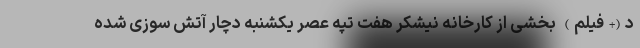
د(+فیلم) بخشی از کارخانه نیشکر هفت تپه عصر یکشنبه دچار آتش سوزی شده